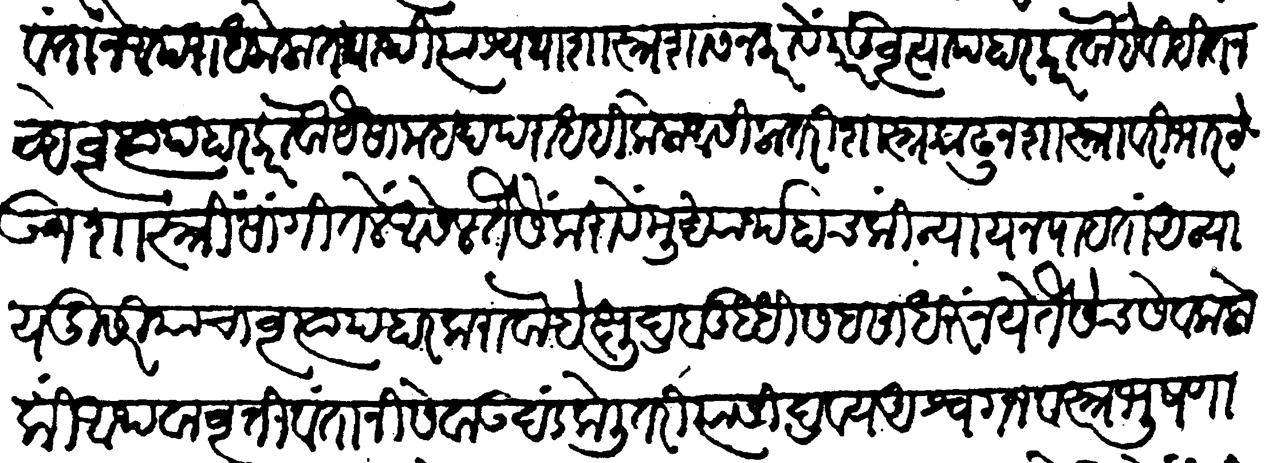
Transliteration (Devanagari): वृत्तिवंताने अपराध केला तथापि त्यास यथाशास्त्र शासन करावें वृत्यपहार करावा हें विहित नव्हे वृत्यापहार करावा यैसा महदपराधहि केला असिला तरी शास्त्र काढून शास्त्रावरी भार ठेऊन शास्त्रीं सांगितलें असेल तैसें करावें मुख्यार्थ हाच कीं न्याय न पाहतां अन्याय दुसरीयाचा वृत्यपहार करावा हे क्षुद्र बुद्धि सहसा धरूं नये तैसेंच सेवक लोकीं अथवा वृत्तिवंतांनी सेवा उदंड केली तरी त्यांसी द्रव्य अश्व गज वस्त्र भूषणादि